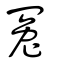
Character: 冤